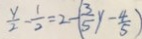
\frac { y } { 2 } - \frac { 1 } { 2 } = 2 - ( \frac { 3 } { 5 } y - \frac { 4 } { 5 } )